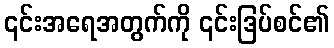
၎င်းအရေအတွက်ကို ၎င်းဒြပ်စင်၏